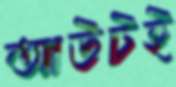
আউটই